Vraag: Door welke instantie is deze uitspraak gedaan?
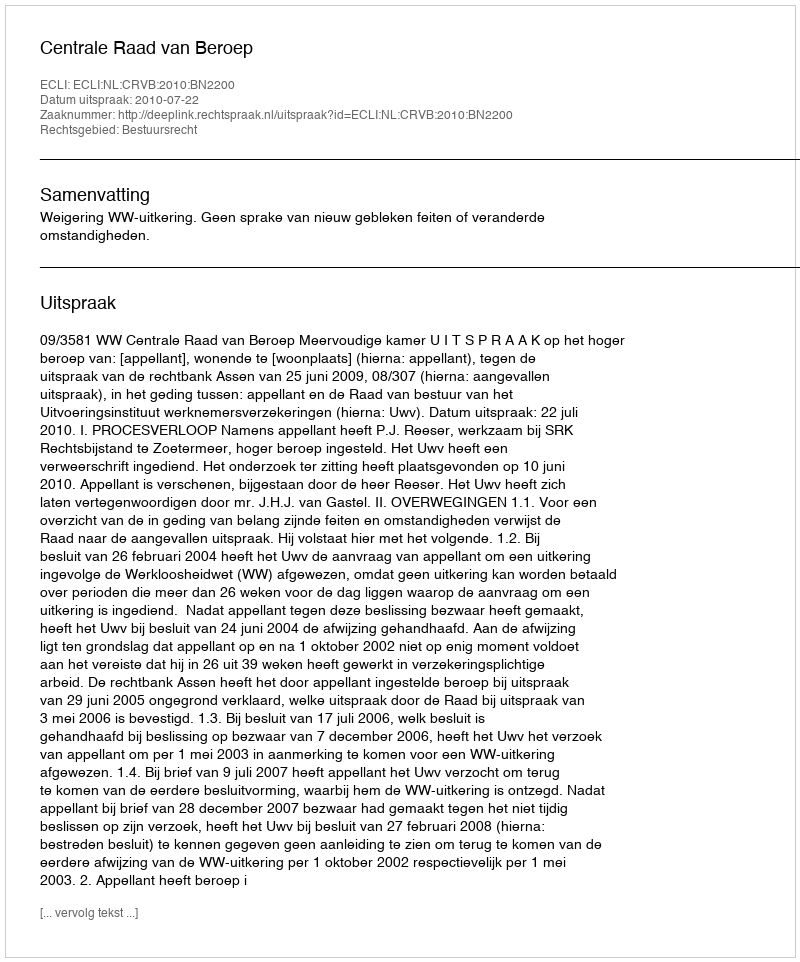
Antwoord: Centrale Raad van Beroep